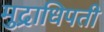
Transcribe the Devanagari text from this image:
मुद्राधिपती